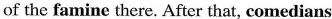
of the famine there.After that,comedians